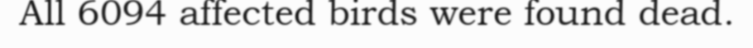
All 6094 affected birds were found dead.